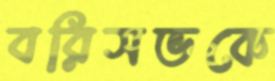
বরিসভকে